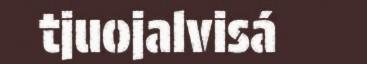
tjuojalvisá